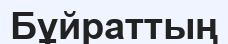
Бұйраттың